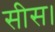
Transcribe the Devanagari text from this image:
सीस।